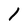
Character: l